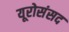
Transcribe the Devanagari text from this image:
यूरोसंसद